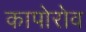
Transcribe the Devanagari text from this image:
कापोरोव